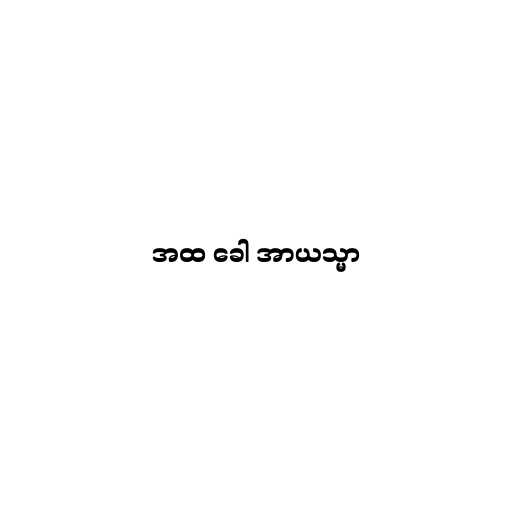
အထ ခေါ အာယသ္မာ